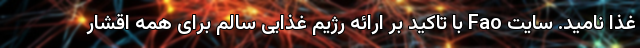
غذا نامید. سایت Fao با تاکید بر ارائه رژیم غذایی سالم برای همه اقشار